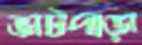
ভাটপাড়া